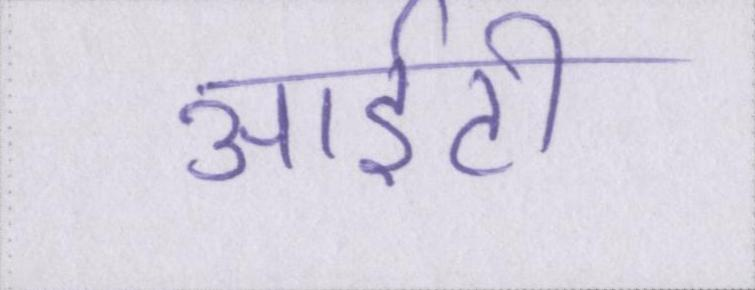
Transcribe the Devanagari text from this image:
आईटी